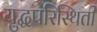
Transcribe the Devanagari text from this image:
युद्धपरिस्थिती